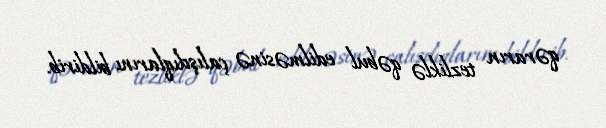
qərarın tezliklə qəbul edilməsinə çalışdıqlarını bildirib.